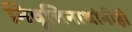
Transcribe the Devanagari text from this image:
निवृत्तिनाथांनीही